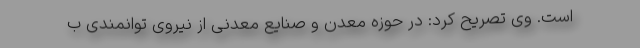
است. وی تصریح کرد: در حوزه معدن و صنایع معدنی از نیروی توانمندی ب